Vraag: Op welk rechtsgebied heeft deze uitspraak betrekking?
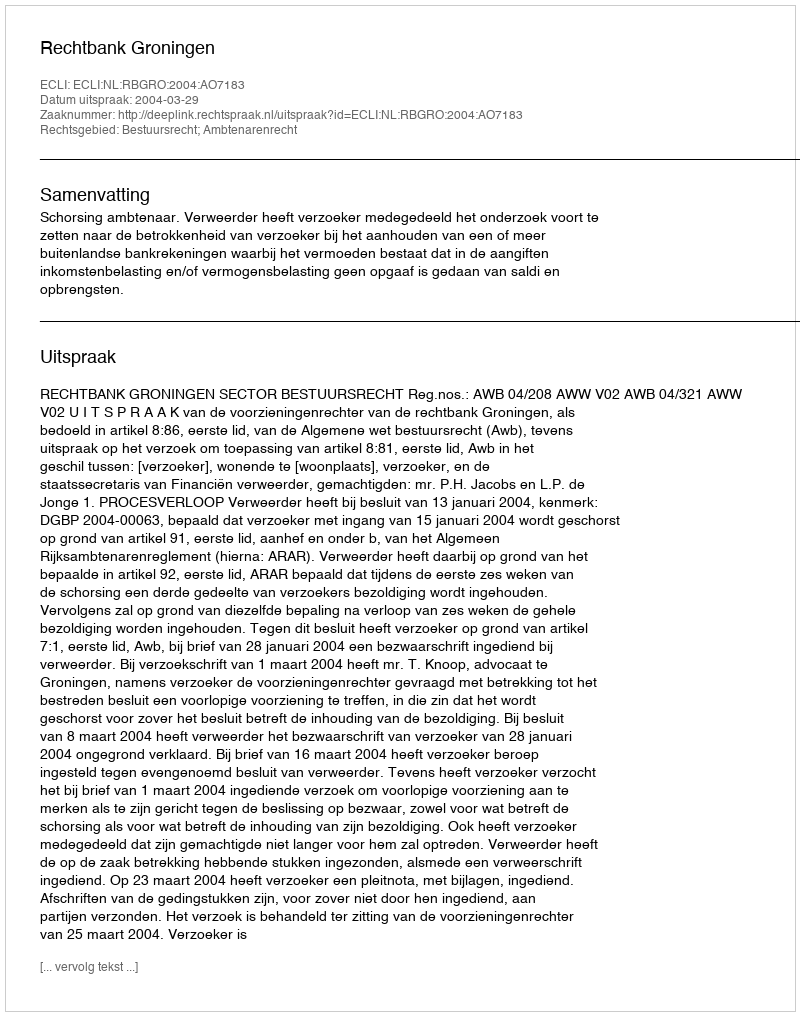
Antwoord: Bestuursrecht; Ambtenarenrecht